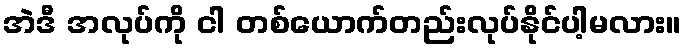
အဲဒီ အလုပ်ကို ငါ တစ်ယောက်တည်းလုပ်နိုင်ပါ့မလား။